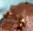
أنت